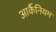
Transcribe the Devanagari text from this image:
आर्कैनियम